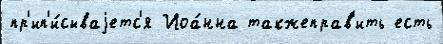
пр'ип'и́сываjетс'я Иоа́нна такжеправ'ить есть